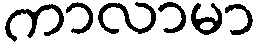
ကာလာမာ